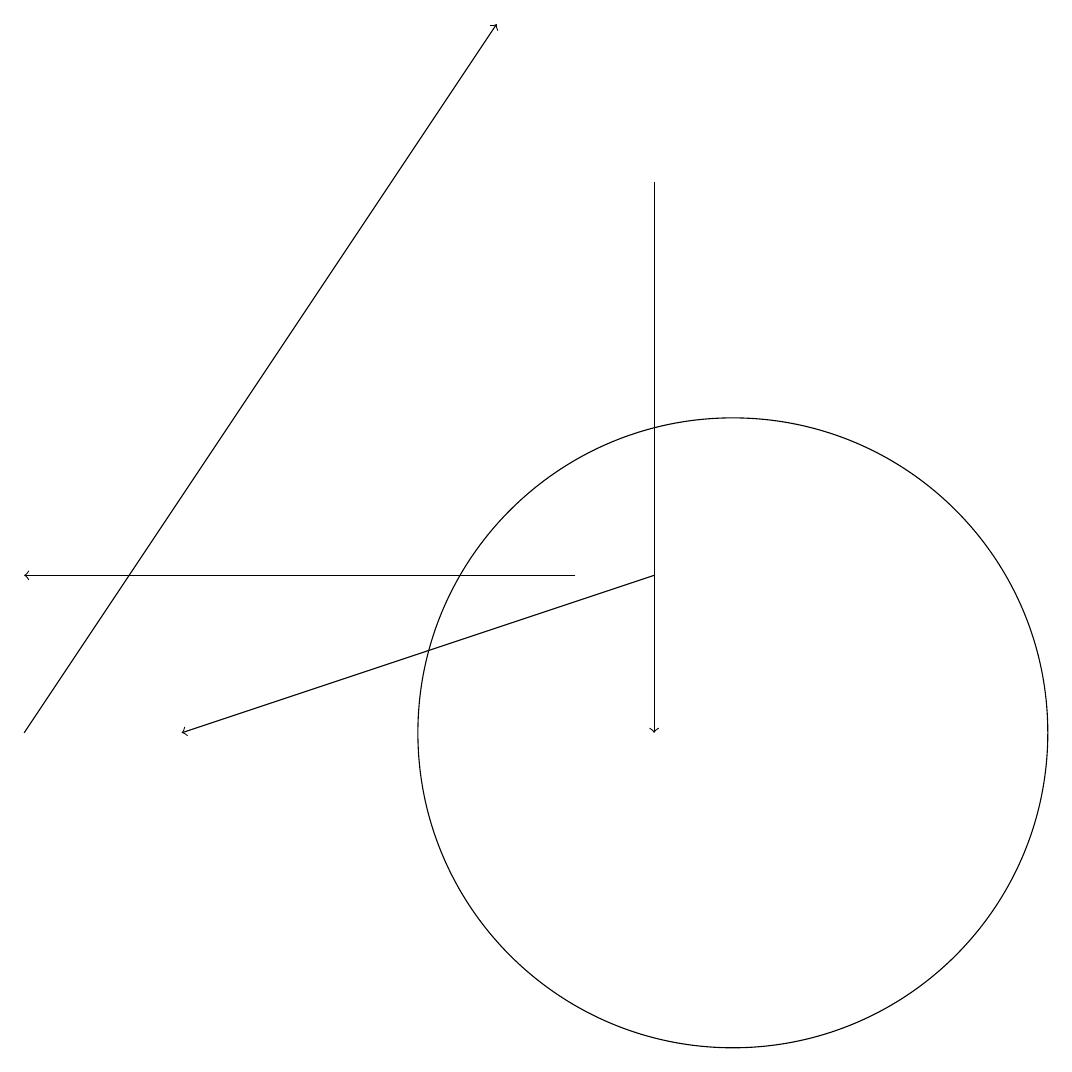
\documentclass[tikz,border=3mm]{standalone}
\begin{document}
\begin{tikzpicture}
\draw[->] (8,12) -- (1,12);
\draw[->] (9,12) -- (3,10);
\draw[->] (9,17) -- (9,10);
\draw[->] (1,10) -- (7,19);
\draw (10,10) circle (4);
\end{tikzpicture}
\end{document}